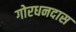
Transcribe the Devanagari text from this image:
गोरधनदास